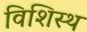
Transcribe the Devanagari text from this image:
विशिस्थ